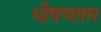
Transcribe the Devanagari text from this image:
भीषणतम